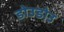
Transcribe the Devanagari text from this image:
डोउडोउ